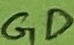
Text: GD